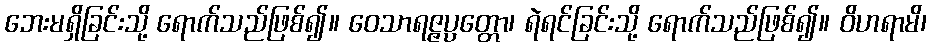
ဘေးမရှိခြင်းသို့ ရောက်သည်ဖြစ်၍။ ဝေသာရဇ္ဇပ္ပတ္တော၊ ရဲရင်ခြင်းသို့ ရောက်သည်ဖြစ်၍။ ဝိဟရာမိ၊